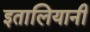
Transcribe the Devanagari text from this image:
इतालियानी